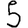
Digit: 5